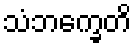
သံဘက္ခေတိ